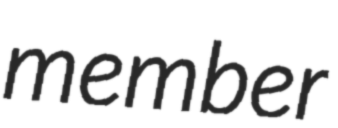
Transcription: member